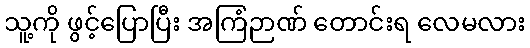
သူ့ကို ဖွင့်ပြောပြီး အကြံဉာဏ် တောင်းရ လေမလား